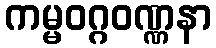
ကမ္မဝဂ္ဂဝဏ္ဏနာ